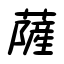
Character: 薩